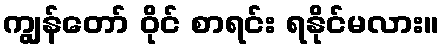
ကျွန်တော် ဝိုင် စာရင်း ရနိုင်မလား။